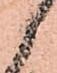
御